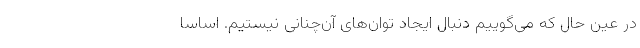
در عین حال که می‌گوییم دنبال ایجاد توان‌های آن‌چنانی نیستیم. اساسا